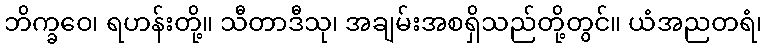
ဘိက္ခဝေ၊ ရဟန်းတို့။ သီတာဒီသု၊ အချမ်းအစရှိသည်တို့တွင်။ ယံအညတရံ၊